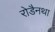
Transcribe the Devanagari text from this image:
रोडैनथा